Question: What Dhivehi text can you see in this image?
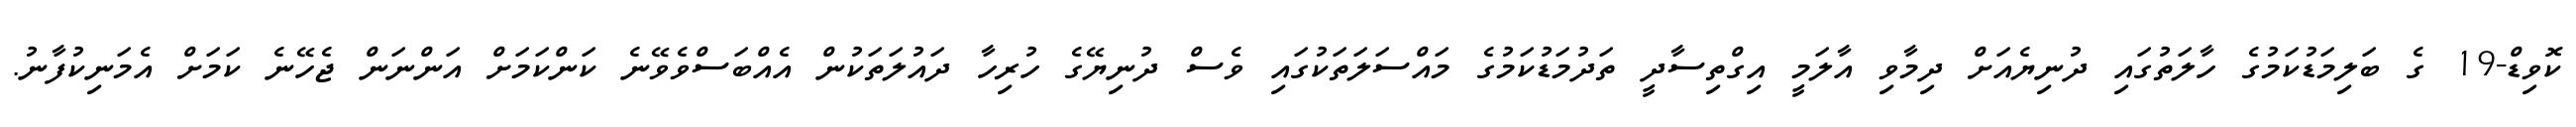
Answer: ކޮވިޑް-19 ގެ ބަލިމަޑުކަމުގެ ހާލަތުގައި ދުނިޔެއަށް ދިމާވި އާލަމީ އިގްތިސާދީ ތަދުމަޑުކަމުގެ މައްސަލަތަކުގައި ވެސް ދުނިޔޭގެ ހުރިހާ ދައުލަތަކުން އެއްބަސްވެވޭނެ ކަންކަމަށް އަންނަން ޖެހޭނެ ކަމަށް އެމަނިކުފާނު.